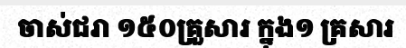
ចាស់ជរា ១៥០គ្រួសារ ក្នុង១ គ្រសារ